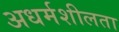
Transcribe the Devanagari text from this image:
अधर्मशीलता